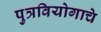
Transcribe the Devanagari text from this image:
पुत्रवियोगाचे